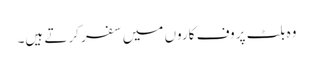
وہ بلٹ پروف کاروں میں سفر کرتے ہیں۔